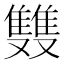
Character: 䨇